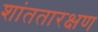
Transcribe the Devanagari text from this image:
शांततारक्षण